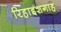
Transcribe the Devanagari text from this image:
रिहाइशगाह